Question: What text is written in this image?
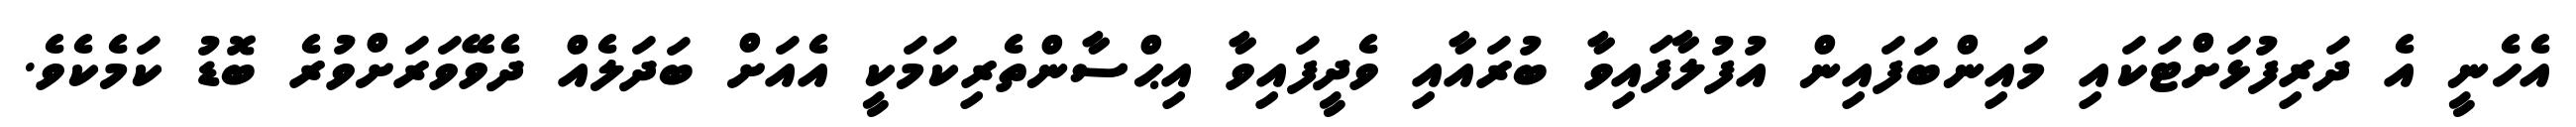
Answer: އެހެނީ އެ ދަރިފުޅަށްޓަކައި މައިންބަފައިން އުފުލާފައިވާ ބުރައާއި ވެދީފައިވާ އިޙްސާންތެރިކަމަކީ އެއަށް ބަދަލެއް ދެވޭވަރަށްވުރެ ބޮޑު ކަމެކެވެ.